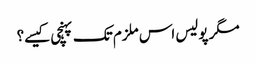
مگر پولیس اس ملزم تک پہنچی کیسے؟